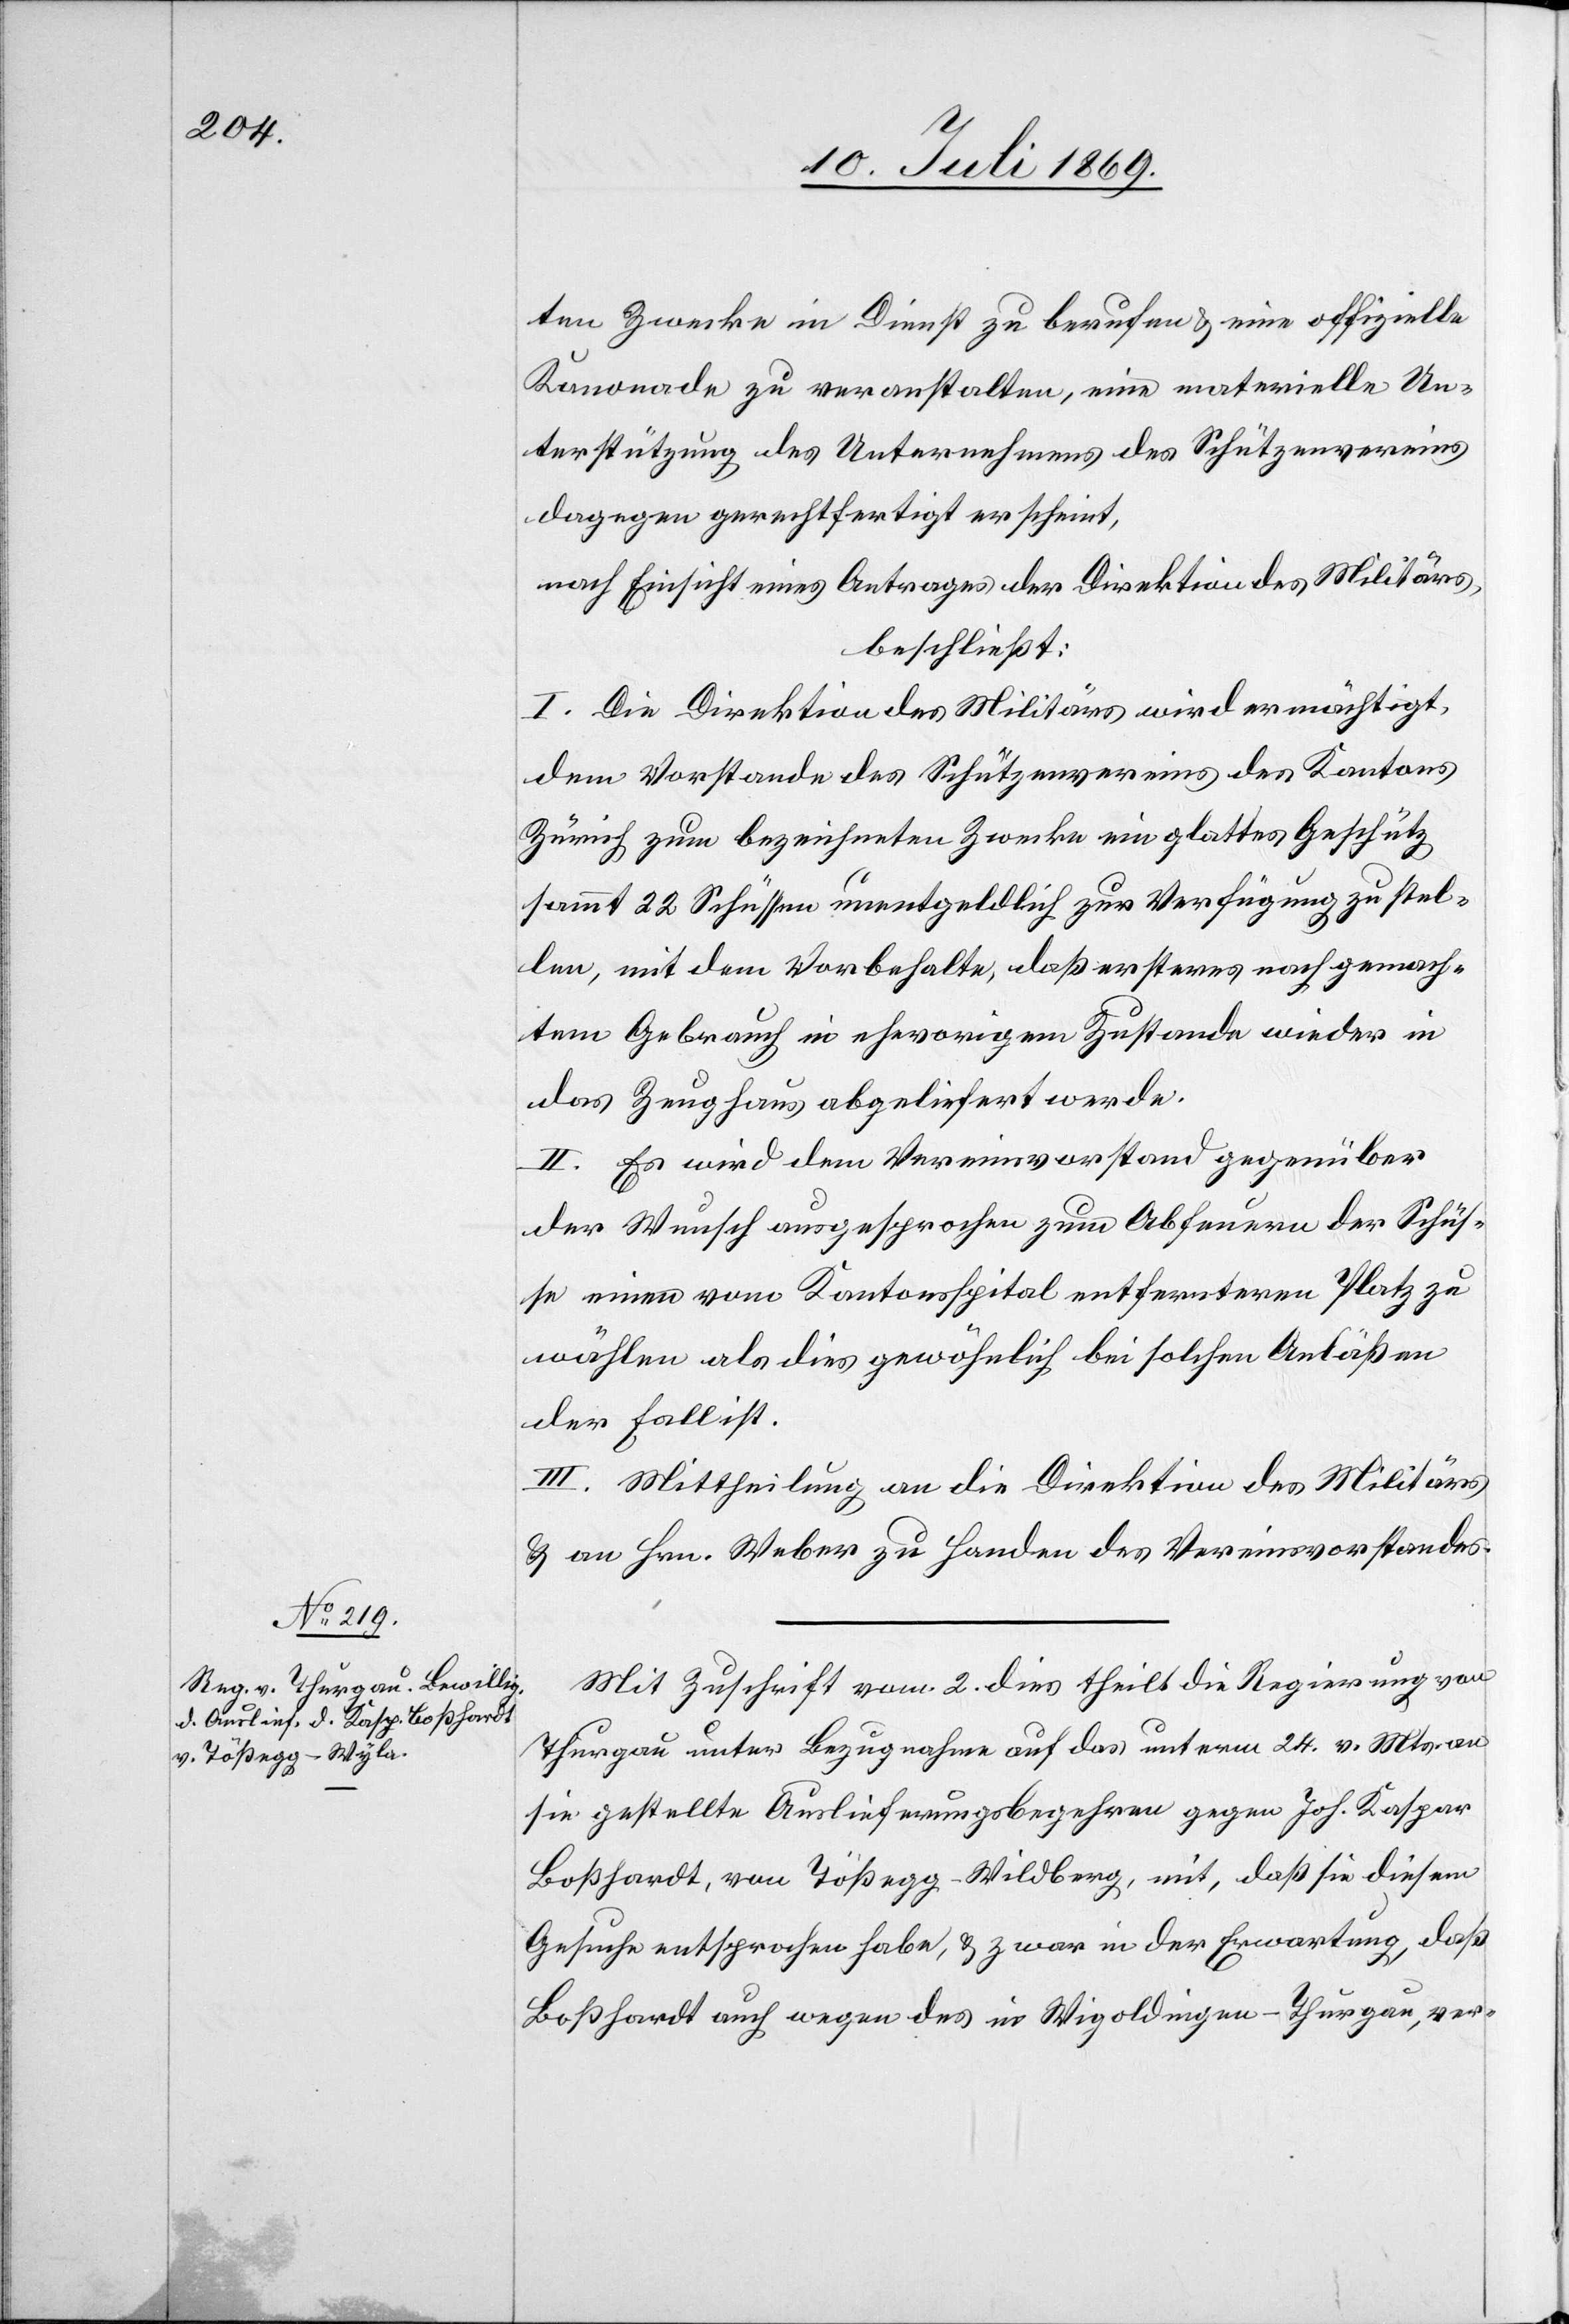
ten Zwecke in Dienst zu berufen u. eine offizielle
Kanonade zu veranstalten, eine materielle Un¬
terstützung des Unternehmens des Schützenvereines
dagegen gerechtfertigt erscheint,
nach Einsicht eines Antrages der Direktion des Militärs,
beschließt:
I. Die Direktion des Militärs wird ermächtigt,
dem Vorstande des Schützenvereines des Kantons
Zürich zum bezeichneten Zwecke ein glattes Geschütz
sammt 22 Schüssen unentgeldlich zur Verfügung zu stel¬
len, mit dem Vorbehalte, daß ersteres nach gemach¬
tem Gebrauch in ehevorigem Zustande wieder in
das Zeughaus abgeliefert werde.
II. Es wird der Vereinsvorstand gegenüber
der Wunsch ausgesprochen zum Abfeuern der Schüs¬
se einen vom Kantonsspital entfernteren Platz zu
wählen als dies gewöhnlich bei solchen Anläßen
der Fall ist.
III. Mittheilung an die Direktion des Militärs
u. an Hrn. Weber zu Handen des Vereinsvorstandes.
Mit Zuschrift vom 2 dies theilt die Regierung von
Thurgau unter Bezugnahme auf das unterm 24 v. Mts. an
sie gestellte Auslieferungsbegehren gegen Joh. Kaspar
Boßhardt, von Tößegg-Wildberg [sic!], mit, daß sie diesem
Gesuche entsprochen habe, u. zwar in der Erwartung, daß
Boßhardt auch wegen des in Wigoltingen-Thurgau, ver-